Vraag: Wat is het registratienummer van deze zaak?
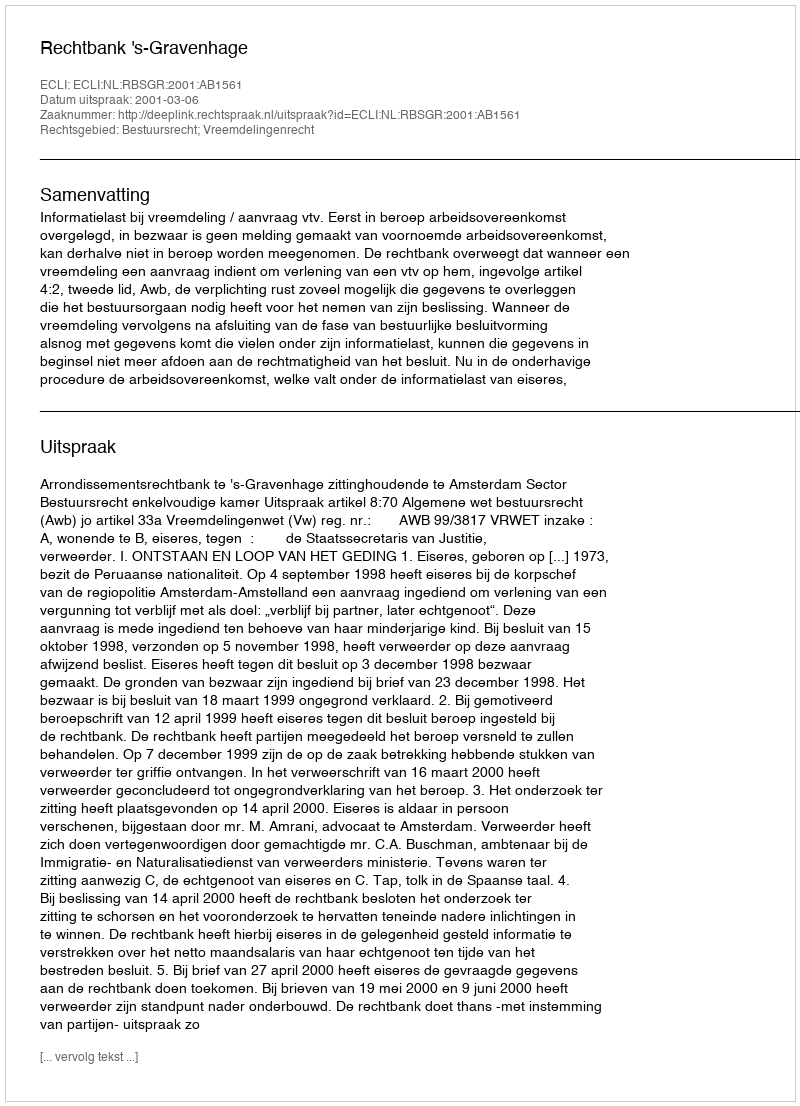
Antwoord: http://deeplink.rechtspraak.nl/uitspraak?id=ECLI:NL:RBSGR:2001:AB1561